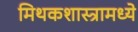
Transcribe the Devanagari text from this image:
मिथकशास्त्रामध्ये